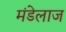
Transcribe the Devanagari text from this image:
मंडेलाज